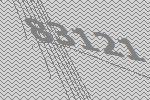
83121